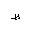
Letter: _za